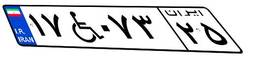
۹۴W۹۴۴۶۰